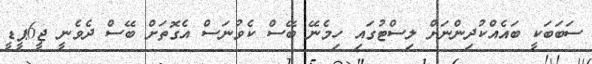
ސަބަބަކީ ބައެއްކުދިންނަށް ލިސްޓުގައި ހިމެނޭ ބޭސް ކެވުނަސް އެގޮތަށް ބޭސް ދެވެނީ ޖީ6ޕީޑީ